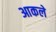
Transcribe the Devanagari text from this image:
आकले